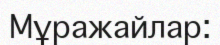
Мұражайлар: